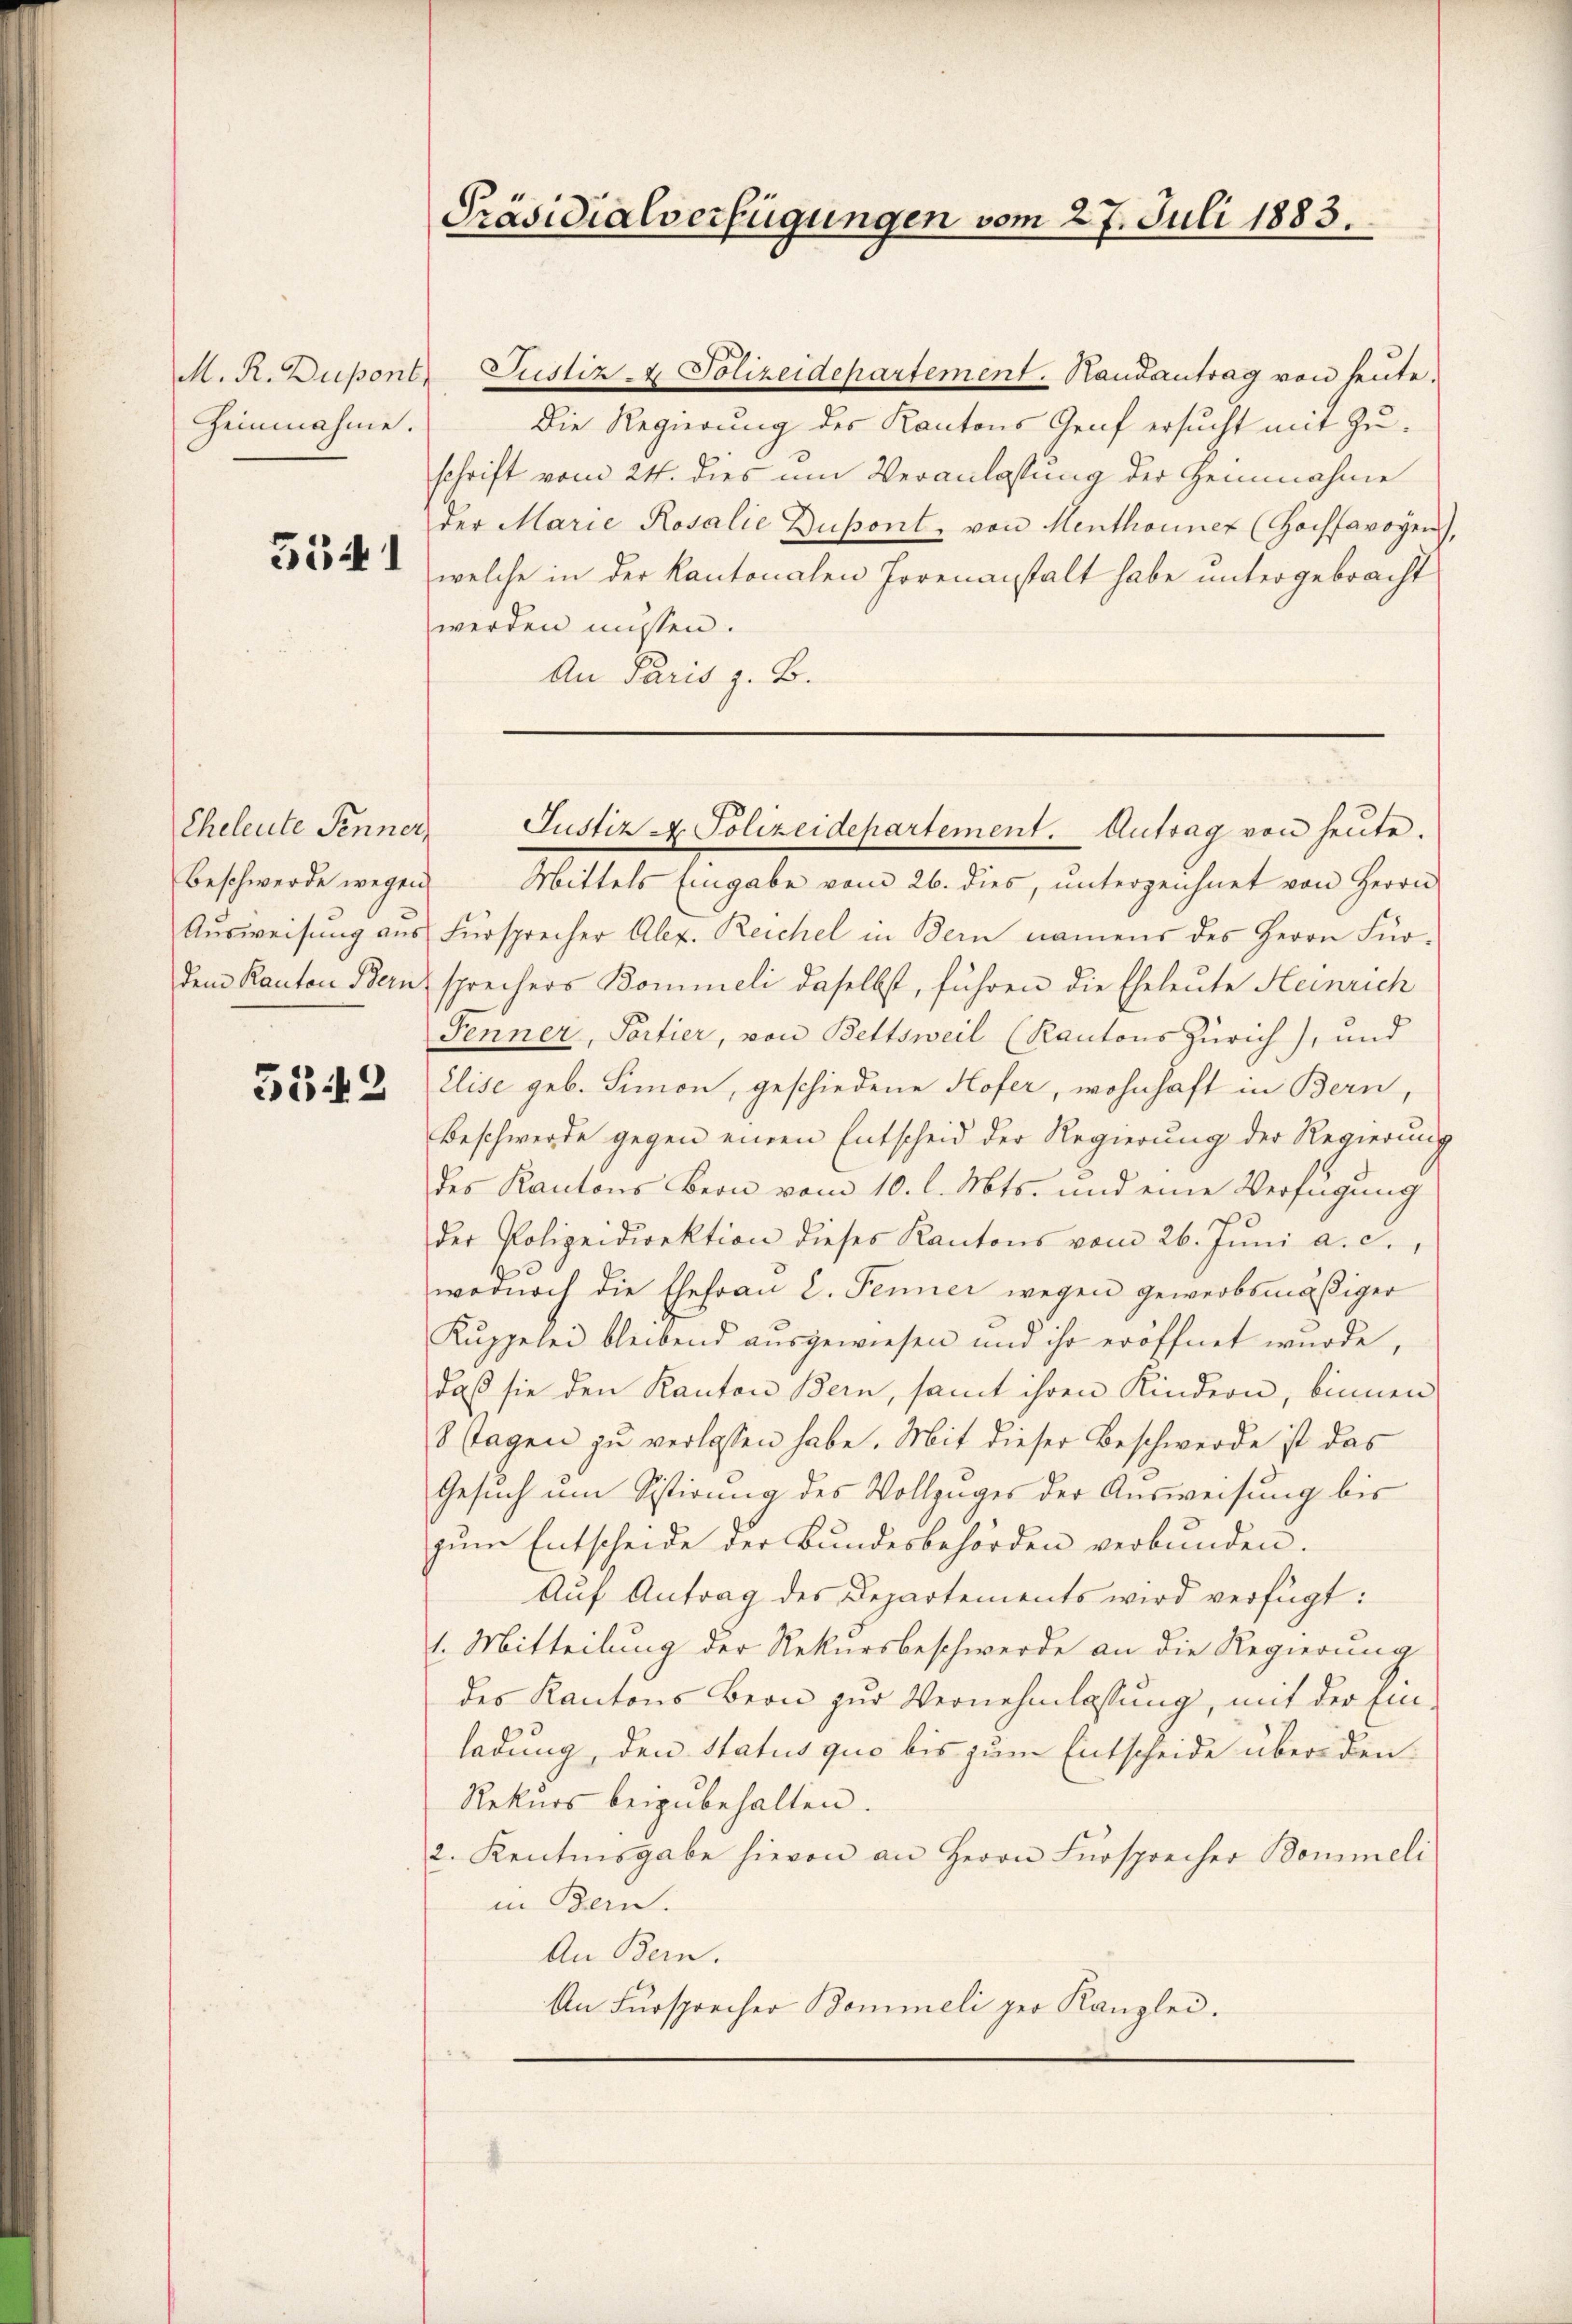
M. R. Dupont
Zeinnahme.
5341

Beschwerde wegen

5342

Präsidialverfügungen vom 27. Juli 1883.

Justiz & Polizeidepartement. Handantrag von heute.
Die Regierung des Kantons Graf ersucht mit Zuschrift vom 24. dies um Veranlassung der Heinnahme
der Marie Rosalie Dupont, von Menthonner (Hochsavoyen),
welche in der Kantonalen Horenanstalt habe untergebracht
werden müssen.
An Paris z. B.

Eheleute Fenner, Justiz & Polizeidepartement. Antrag von heŭte.

Mittels Eingabe vom 26. dies, unterzeichnet von Herrn
Ausweisung aus Fürsprecher Alex. Reichel in Bern namens des Herrn Für-
dem Kanton Bern sprechers Bommeli daselbst, führen die Eheleute Heinrich
Penner, Portier, von Bettsweil (Kantons Zürich), und
Elise geb. Simon, geschiedene Hofer, wohnhaft in Bern,
Beschwerde gegen einen Entscheid der Regierung der Regierung
des Kantons Bern vom 10. l. Mts. und eine Verfügung
der Polizeidirektion dieses Kantons vom 26. Juni a. c.,
wodurch die Ehefrau 2. Jenner wegen gewerbsmäßiger
Kuppelei bleibend aŭsgewiesen und ihr eröffnet wurde,
daß sie den Kanton Bern, samt ihren Kindern, binnen
8 Tagen zu verlassen habe. Mit dieser Beschwerde ist das
Gesuch um Sistirung des Vollzuges der Ausweisung bis
zum Entscheide der Bundesbehörden verbunden.
Aŭf Antrag des Departements wird verfügt:
1. Mitteilung der Rekursbeschwerde an die Regierung
des Kantons Bern zur Vernehmlassung, mit der Ein-
ladung, den Status quo bis zum Entscheide übereden¬
Rekurs beizubehalten.
2. Kantonsgabe hievon an Herrn Fürsprecher Bommeli
in Bern.
An Bern.
An Fürsprecher Bommeli per Kanzlei.